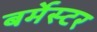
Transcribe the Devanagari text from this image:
बर्मेस्टर